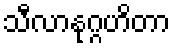
သီလာနုဂ္ဂဟိတာ